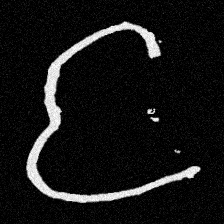
Pyu character \u2014 Myanmar letter: င (romanized: nga)